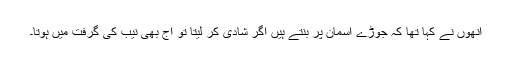
انھوں نے کہا تھا کہ جوڑے آسمان پر بنتے ہیں اگر شادی کر لیتا تو آج بھی نیب کی گرفت میں ہوتا۔